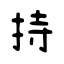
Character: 持